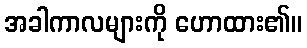
အခါကာလများကို ဟောထား၏။